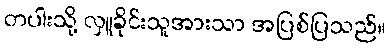
တပါးသို့ လှူခိုင်းသူအားသာ အပြစ်ပြသည်။